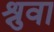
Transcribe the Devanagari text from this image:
श्रुवा